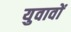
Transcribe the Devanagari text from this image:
युवावों